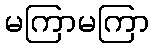
မကြာမကြာ